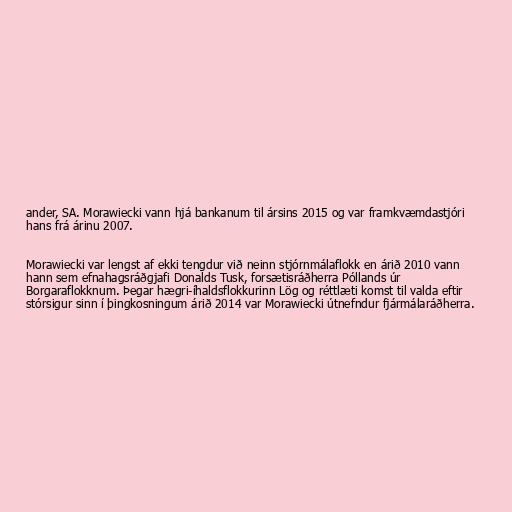
ander, SA. Morawiecki vann hjá bankanum til ársins 2015 og var framkvæmdastjóri
hans frá árinu 2007.

Morawiecki var lengst af ekki tengdur við neinn stjórnmálaflokk en árið 2010 vann
hann sem efnahagsráðgjafi Donalds Tusk, forsætisráðherra Póllands úr
Borgaraflokknum. Þegar hægri-íhaldsflokkurinn Lög og réttlæti komst til valda eftir
stórsigur sinn í þingkosningum árið 2014 var Morawiecki útnefndur fjármálaráðherra.